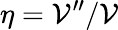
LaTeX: \eta=\mathcal{V}^{\prime\prime}/\mathcal{V}